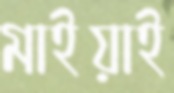
মাইয়াই